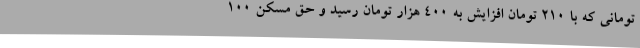
تومانی که با 210 تومان افزایش به 400 هزار تومان رسید و حق مسکن 100